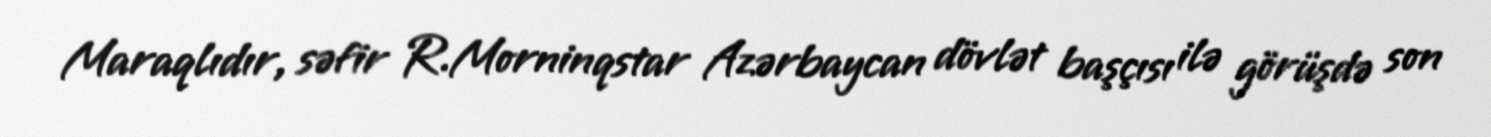
Maraqlıdır, səfir R.Morninqstar Azərbaycan dövlət başçısı ilə görüşdə son